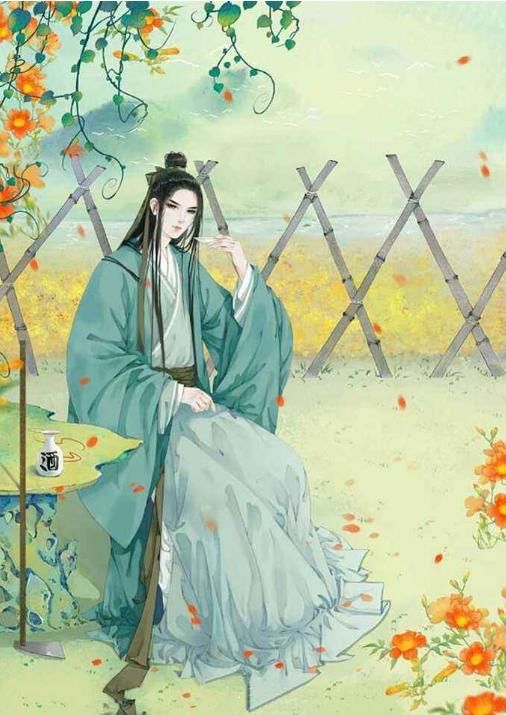
丹砂成黄金，骑龙飞上太清家，云愁海思令人嗟。